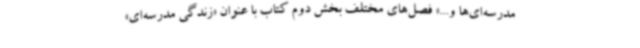
مدرسه‌ای‌ها و...» فصل‌های مختلف بخش دوم کتاب با عنوان «زندگی مدرسه‌ای»